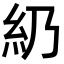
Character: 𥾋